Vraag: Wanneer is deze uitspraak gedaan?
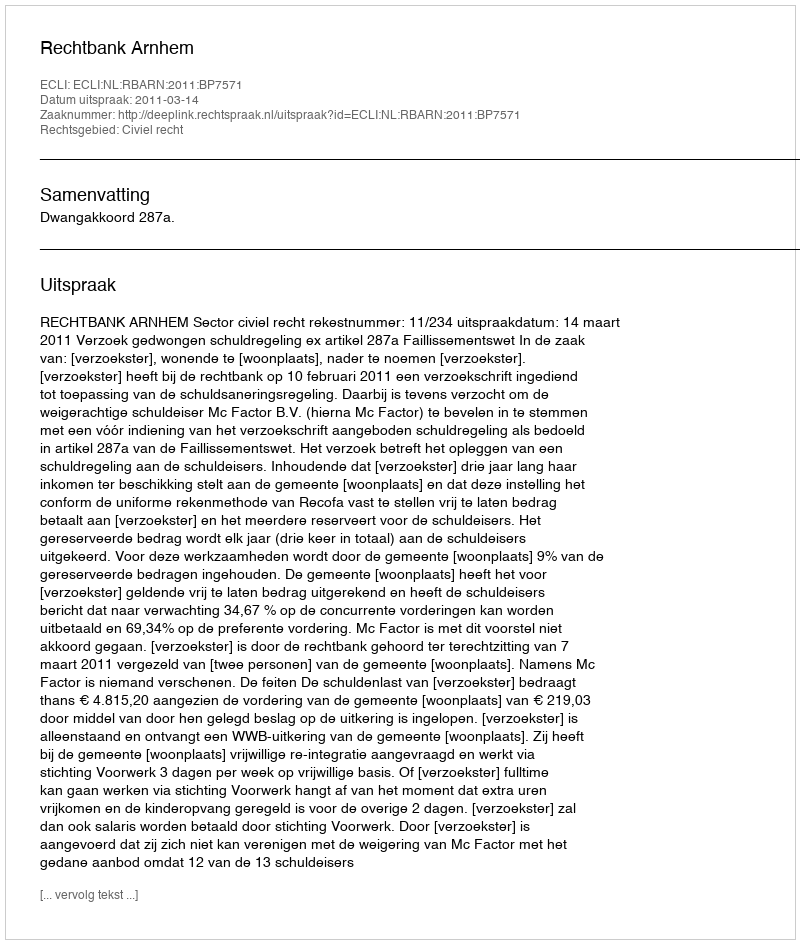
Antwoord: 2011-03-14